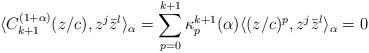
LaTeX: \begin{align*}\langle C^{(1+\alpha)}_{k+1}(z/c),z^j {\bar z}^l \rangle_{\alpha} = \sum_{p=0}^{k+1} \kappa^{k+1}_p(\alpha) \langle (z/c)^p, z^j {\bar z}^l \rangle_{\alpha} = 0\end{align*}